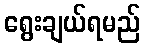
ရွေးချယ်ရမည်